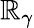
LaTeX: \mathbb{R}_{\gamma}